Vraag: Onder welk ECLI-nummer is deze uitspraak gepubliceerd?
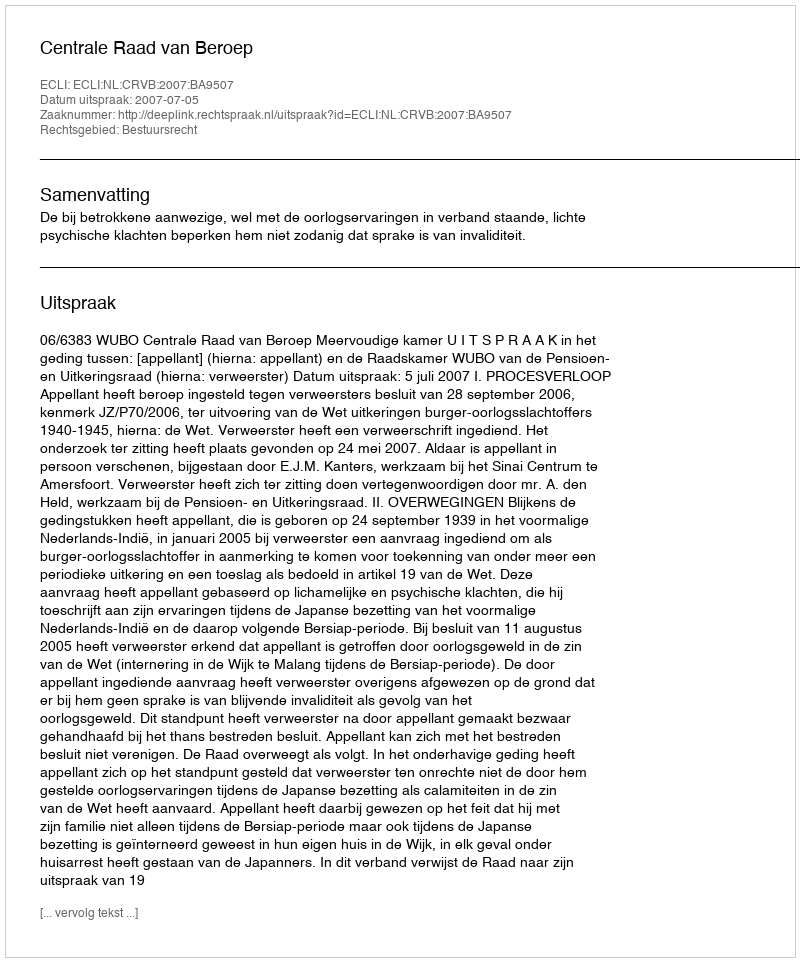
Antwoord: ECLI:NL:CRVB:2007:BA9507